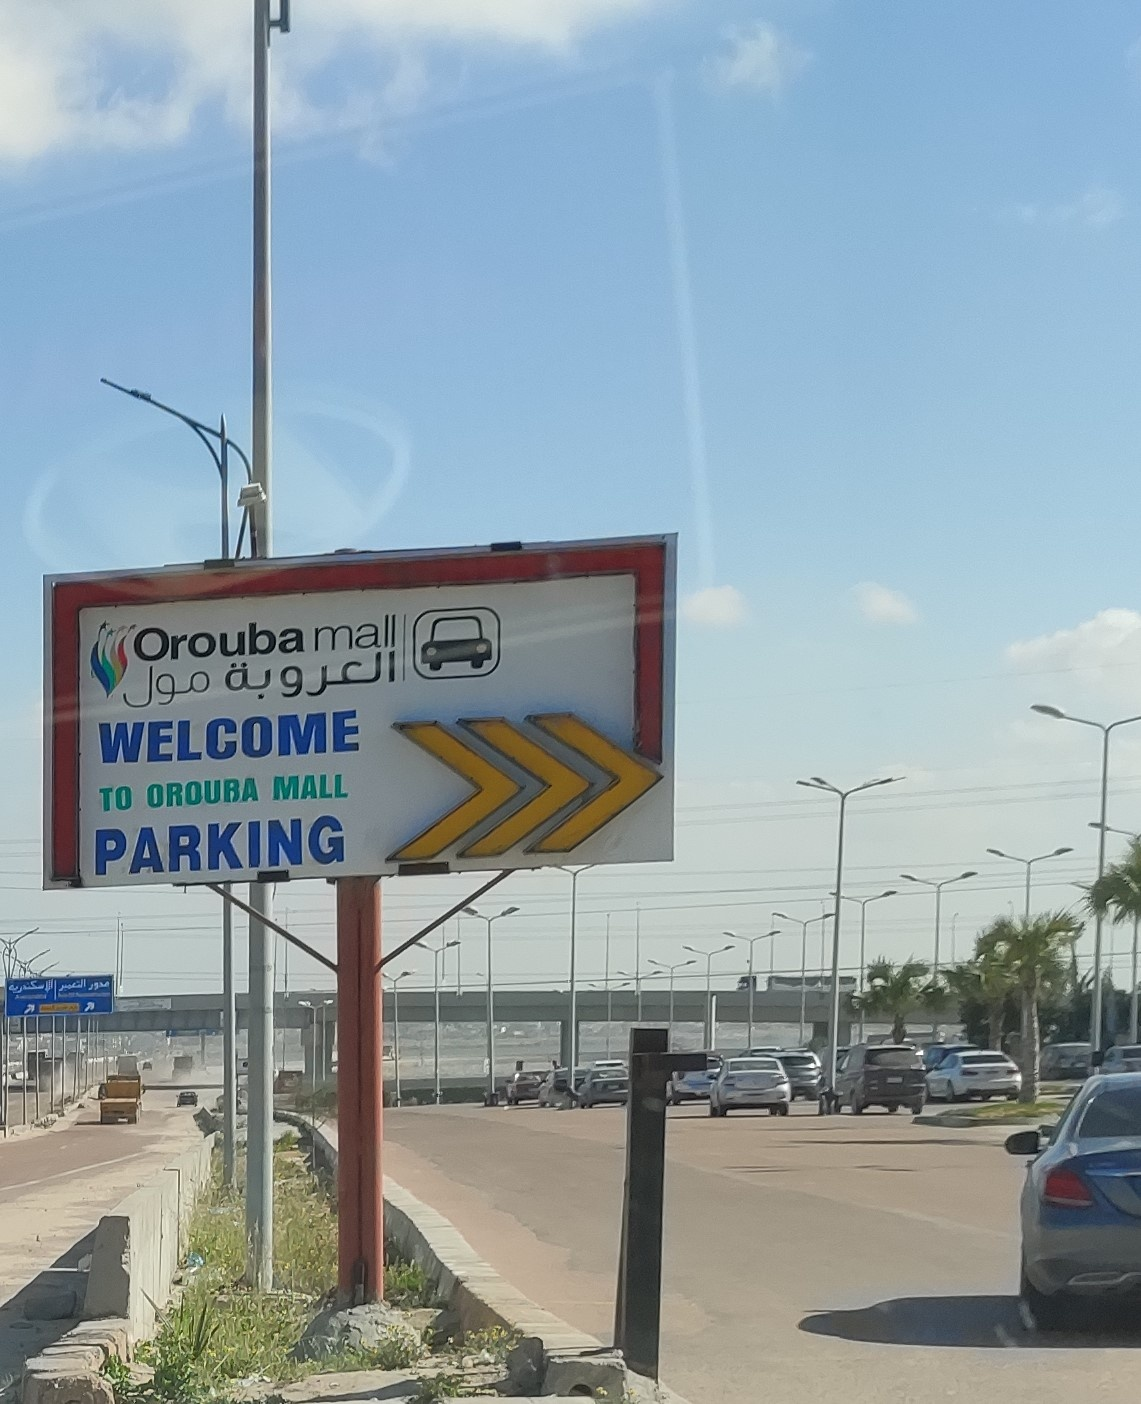
Text in image: العروبة مول mall Orouba WELCOME MALL OROUBA TO PARKING